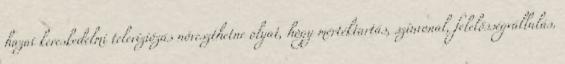
hazai kereskedelmi televíziózás növeszthetne olyat, hogy mértéktartás, színvonal, felelősségvállalás.